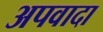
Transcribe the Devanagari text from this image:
अपवादा